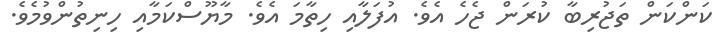
ކަންކަން ތަޖުރިބާ ކުރަން ޖެހެ އެވެ. އުފަލާއި ހިތާމަ އެވެ. މާޔޫސްކަމާއި ހިނިތުންވުމެވެ.